Report of the Bombay Veterinary College
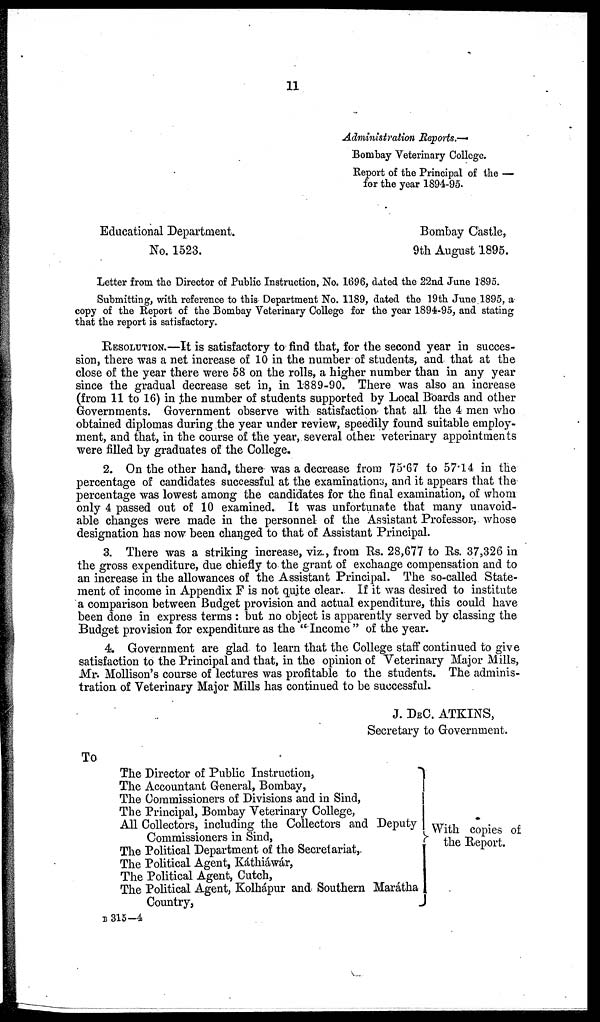
11
Administration Reports.-
Bombay Veterinary College.
Report of the Principal of the —
for the year 1894-95.
Educational Department.
Bombay Castle,
No. 1523.
9th August 1895.
Letter from the Director of Public Instruction, No. 1696, dated the 22nd June 1895.
Submitting, with reference to this Department No. 1189, dated the 19th June 1895, a
copy of the Report of the Bombay Veterinary College for the year 1894-95, and stating
that the report is satisfactory.
RESOLUTION.—It is satisfactory to find that, for the second year in succes-
sion, there was a net increase of 10 in the number of students, and. that at the
close of the year there were 58 on the rolls, a higher number than in any year
since the gradual decrease set in, in 1889-90. There was also an increase
(from 11 to 16) in the number of students supported by Local Boards and other
Governments. Government observe with satisfaction that all the 4 men who
obtained diplomas during the year under review, speedily found suitable employ-
ment, and that, in the course of the year, several other veterinary appointments
were filled by graduates of the College.
2. On the other hand, there was a decrease from 75.67 to 57.14 in the
percentage of candidates successful at the examinations, and it appears that the
percentage was lowest among the candidates for the final examination, of whom
only 4 passed out of 10 examined. It was unfortunate that many unavoid-
able changes were made in the personnel of the Assistant Professor, whose
designation has now been changed to that of Assistant Principal.
3. There was a striking increase, viz., from Rs. 28,677 to Rs. 37,326 in
the gross expenditure, due chiefly to the grant of exchange compensation and to
an increase in the allowances of the Assistant Principal. The so-called State-
ment of income in Appendix F is not quite clear. If it was desired to institute
a comparison between Budget provision and actual expenditure, this could have
been done in express terms : but no object is apparently served by classing the
Budget provision for expenditure as the "Income " of the year.
4. Government are glad to learn that the College staff continued to give
satisfaction to the Principal and that, in the opinion of Veterinary Major Mills,
Mr. Mollison's course of lectures was profitable to the students. The adminis-
tration of Veterinary Major Mills has continued to be successful.
J. DEC. ATKINS,
Secretary to Government.
To
The Director of Public Instruction,
The Accountant General, Bombay,
The Commissioners of Divisions and in Sind,
The Principal, Bombay Veterinary College,
All Collectors, including the Collectors and Deputy
Commissioners in Sind,
The Political Department of the Secretariat,.
The Political Agent, Káthiáwár,
The Political Agent, Cutch,
The Political Agent, Kolhápur and Southern Marátha
Country,
With copies of
the Report.
B 315-4